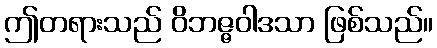
ဤတရားသည် ဝိဘဇ္ဇဝါဒသာ ဖြစ်သည်။